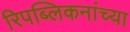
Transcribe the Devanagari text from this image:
रिपब्लिकनांच्या